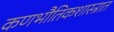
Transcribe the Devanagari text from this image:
कणभौतिकशास्त्रात